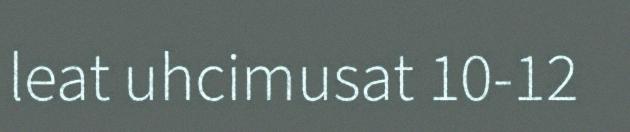
leat uhcimusat 10-12